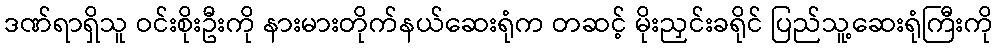
ဒဏ်ရာရှိသူ ဝင်းစိုးဦးကို နားမားတိုက်နယ်ဆေးရုံက တဆင့် မိုးညှင်းခရိုင် ပြည်သူ့ဆေးရုံကြီးကို